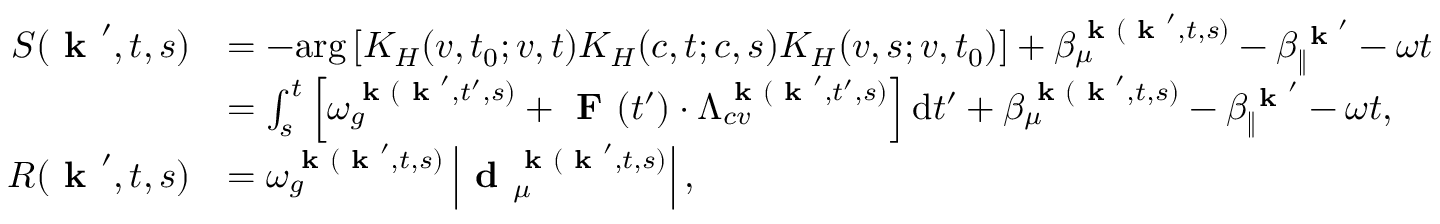
\begin{array} { r l } { S ( \textbf { k } ^ { \prime } , t , s ) } & { = - \mathrm { a r g } \left[ K _ { H } ( v , t _ { 0 } ; v , t ) K _ { H } ( c , t ; c , s ) K _ { H } ( v , s ; v , t _ { 0 } ) \right] + \beta _ { \mu } ^ { \textbf { k } ( \textbf { k } ^ { \prime } , t , s ) } - \beta _ { \| } ^ { \textbf { k } ^ { \prime } } - \omega t } \\ & { = \int _ { s } ^ { t } \left[ \omega _ { g } ^ { \textbf { k } ( \textbf { k } ^ { \prime } , t ^ { \prime } , s ) } + \textbf { F } ( t ^ { \prime } ) \cdot \Lambda _ { c v } ^ { \textbf { k } ( \textbf { k } ^ { \prime } , t ^ { \prime } , s ) } \right] \mathrm { d } t ^ { \prime } + \beta _ { \mu } ^ { \textbf { k } ( \textbf { k } ^ { \prime } , t , s ) } - \beta _ { \| } ^ { \textbf { k } ^ { \prime } } - \omega t , } \\ { R ( \textbf { k } ^ { \prime } , t , s ) } & { = \omega _ { g } ^ { \textbf { k } ( \textbf { k } ^ { \prime } , t , s ) } \left| \textbf { d } _ { \mu } ^ { \textbf { k } ( \textbf { k } ^ { \prime } , t , s ) } \right| , } \end{array}